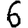
Digit: 6